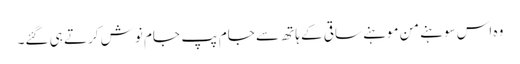
وہ اس سوہنے من موہنے ساقی کے ہاتھ سے جام پپ جام نوش کرتے ہی گئے۔